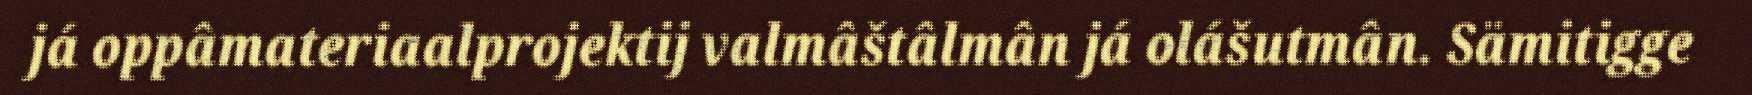
já oppâmateriaalprojektij valmâštâlmân já olášutmân. Sämitigge